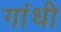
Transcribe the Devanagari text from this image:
गांंधी